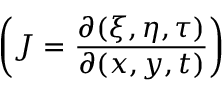
\bigg ( J = \frac { \partial ( \xi , \eta , \tau ) } { \partial ( x , y , t ) } \bigg )